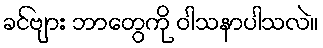
ခင်ဗျား ဘာတွေကို ဝါသနာပါသလဲ။